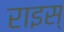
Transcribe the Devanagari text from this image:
राइस्